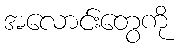
အလောင်းတွေကို